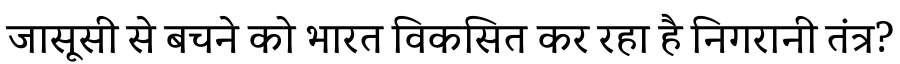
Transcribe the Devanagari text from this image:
जासूसी से बचने को भारत विकसित कर रहा है निगरानी तंत्र?